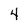
Character: 4